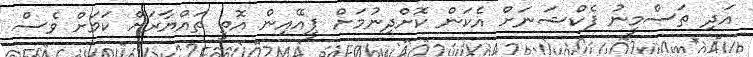
އަދި ތަސްމީނު ފެކްޝަނަށް އެކަން ކޮށްދިނުމަށް ޕީއޭއިން އޮތީ ތައްޔާރަށް ކަމަށް ވެސް